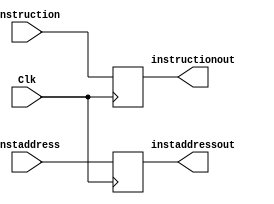
`timescale 1ns / 1ps
//////////////////////////////////////////////////////////////////////////////////
// Company: 
// Engineer: 
// 
// Design Name: 
// Module Name: IFID
// Project Name: 
// Target Devices: 
// Tool Versions: 
// Description: 
// 
// Dependencies: 
// 
// Revision:
// Revision 0.01 - File Created
// Additional Comments:
// 
//////////////////////////////////////////////////////////////////////////////////


module IFID(
    input Clk,
    input [31:0] instaddress,
    input [31:0] instruction,
    output reg [31:0] instructionout,
    output reg [31:0] instaddressout
    );
    initial begin
        instructionout=0;
        instaddressout=0;
    end
    always @ (posedge Clk)
    begin
          instaddressout<=instaddress;
          instructionout<=instruction;
    end
endmodule